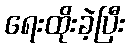
ရေးထိုးခဲ့ပြီး